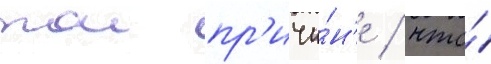
тои пр'ичи́н'е / что́